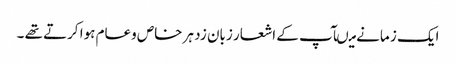
ایک ز مانے میںآپ کے اشعار زبان زد ہر خاص وعام ہوا کرتے تھے ۔